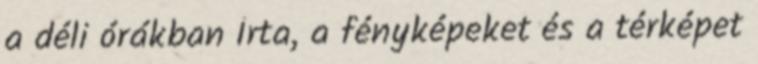
a déli órákban Írta, a fényképeket és a térképet